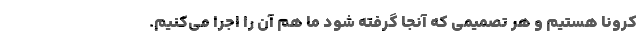
کرونا هستیم و هر تصمیمی که آنجا گرفته شود ما هم آن را اجرا می‌کنیم.